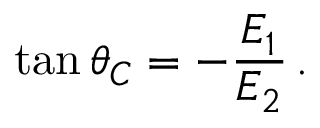
\tan \theta _ { C } = - \frac { E _ { 1 } } { E _ { 2 } } \, .